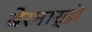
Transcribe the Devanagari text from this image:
बेरनार्डो